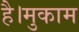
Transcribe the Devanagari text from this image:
है।मुकाम